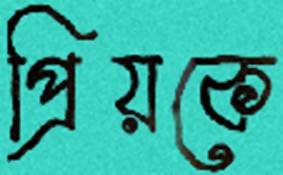
প্রিয়কে